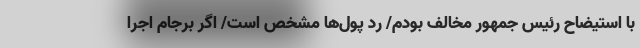
با استیضاح رئیس جمهور مخالف بودم/ رد پول‌ها مشخص است/ اگر برجام اجرا